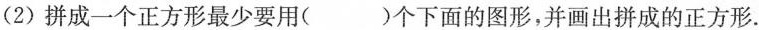
(2)拼成一个正方形最少要用( )个下面的图形，并画出拼成的正方形。